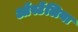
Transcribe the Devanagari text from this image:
ऑर्स्टेलिया